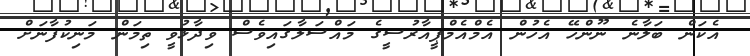
އެކަން ބަލާނެ ނޫންހޭ އެހުން އެމްއެމްޕީއާރުސީގެ މައްސަލާގައިވެސް ވިދާޅުވީ ތިމަން މަނިކުފާނަށް